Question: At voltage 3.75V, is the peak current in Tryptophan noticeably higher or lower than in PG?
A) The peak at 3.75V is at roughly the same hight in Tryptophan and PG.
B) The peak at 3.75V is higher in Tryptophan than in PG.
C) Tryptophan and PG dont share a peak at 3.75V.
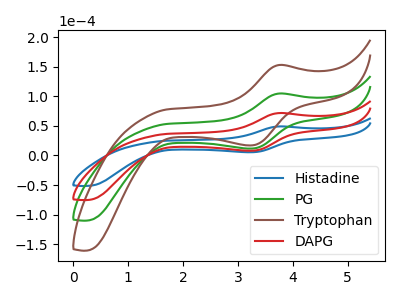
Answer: <think>The blue curve "Histadine" has an anodic peak at (3.75V, 49.10uA) and a cathodic peak at (3.20V, 5.45uA). The green curve "PG" has an anodic peak at (3.75V, 143.45uA) and a cathodic peak at (3.20V, 15.85uA). The brown curve "Tryptophan" has an anodic peak at (3.75V, 215.15uA) and a cathodic peak at (3.20V, 23.80uA). The red curve "DAPG" has an anodic peak at (3.75V, 71.70uA) and a cathodic peak at (3.20V, 7.95uA).</think>
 <answer>B) The peak at 3.75V is higher in "Tryptophan" than in "PG".</answer>
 <eval>B</eval>